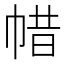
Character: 𢃟